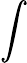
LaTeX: \displaystyle\int